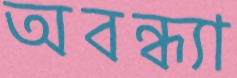
অবন্ধ্যা